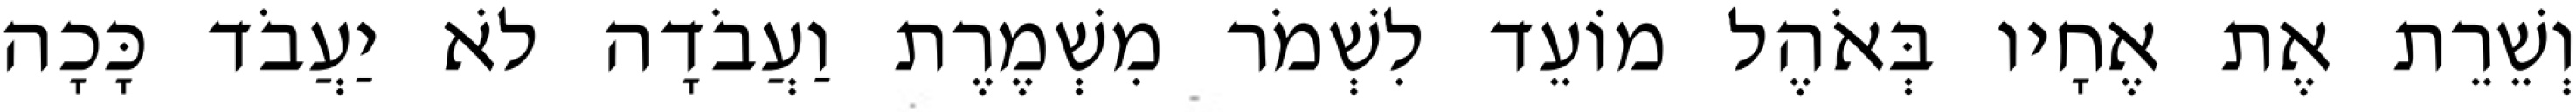
וְשֵׁרֵת אֶת אֶחָיו בְּאֹהֶל מוֹעֵד לִשְׁמֹר מִשְׁמֶרֶת וַעֲבֹדָה לֹא יַעֲבֹד כָּכָה